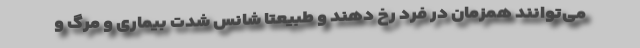
می‌توانند همزمان در فرد رخ دهند و طبیعتاً شانس شدت بیماری و مرگ و